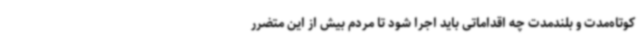
کوتاه‌مدت و بلندمدت چه اقداماتی باید اجرا شود تا مردم بیش از این متضرر